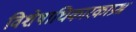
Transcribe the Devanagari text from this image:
विशेषाधिकारकाप्रश्न